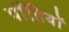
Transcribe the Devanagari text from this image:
पौंडियों